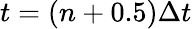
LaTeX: t=(n+0.5)\Delta t